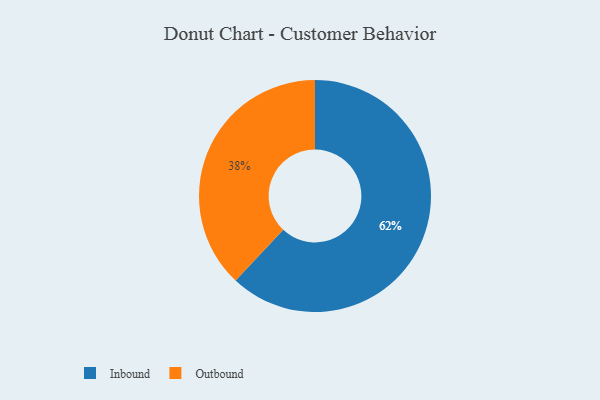
{"axis": {"x": "Category", "y": "Percentage"}, "legend": ["Inbound", "Outbound"], "data": [{"x": "Inbound", "y": 62, "type": "Inbound"}, {"x": "Outbound", "y": 38, "type": "Outbound"}]}